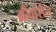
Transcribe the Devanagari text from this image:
ग्रीवांसेज